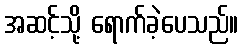
အဆင့်သို့ ရောက်ခဲ့ပေသည်။